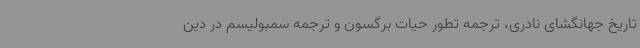
تاریخ جهانگشای نادری، ترجمه تطور حیات برگسون و ترجمه سمبولیسم در دین